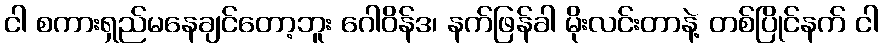
ငါ စကားရှည်မနေချင်တော့ဘူး ဂေါဝိန်ဒ၊ နက်ဖြန်ခါ မိုးလင်းတာနဲ့ တစ်ပြိုင်နက် ငါ